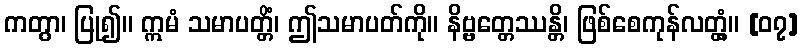
ကတွာ၊ ပြု၍။ ဣမံ သမာပတ္တိံ၊ ဤသမာပတ်ကို။ နိဗ္ဗတ္တေဿန္တိ၊ ဖြစ်စေကုန်လတ္တံ့။ [၀၇]